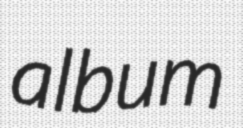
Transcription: album